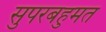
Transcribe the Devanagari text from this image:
सुपरबहुमत